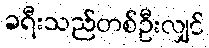
ခရီးသည်တစ်ဦးလျှင်